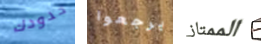
حدودك يرجعوا الممتاز